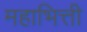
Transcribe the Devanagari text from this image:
महाभित्ती